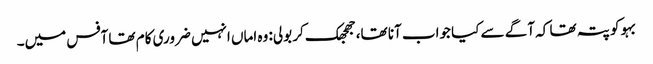
بہو کو پتہ تھا کہ آگے سے کیا جواب آنا تھا، جھجھک کر بولی: وہ اماں انہیں ضروری کام تھا آفس میں۔